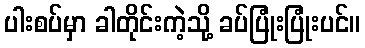
ပါးစပ်မှာ ခါတိုင်းကဲ့သို့ ခပ်ပြုံးပြုံးပင်။